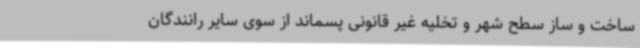
ساخت و ساز سطح شهر و تخلیه غیر قانونی پسماند از سوی سایر رانندگان